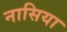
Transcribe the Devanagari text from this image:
नासिया